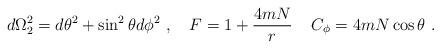
LaTeX: \begin{align*}d\Omega_2^2=d\theta^2+\sin^2\theta d\phi^2\ , \quad F=1+{4mN\over r}\,\quad C_\phi=4mN\cos\theta\ .\end{align*}